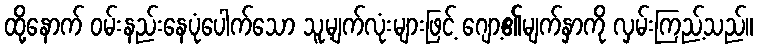
ထို့နောက် ဝမ်းနည်းနေပုံပေါက်သော သူ့မျက်လုံးများဖြင့် ဂျော့၏မျက်နှာကို လှမ်းကြည့်သည်။